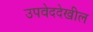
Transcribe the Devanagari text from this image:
उपवेददेखील